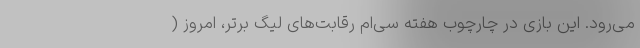
می‌رود. این بازی در چارچوب هفته سی‌ام رقابت‌های لیگ برتر، امروز (